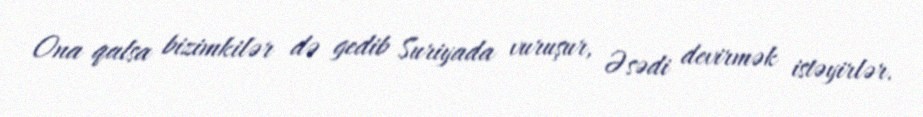
Ona qalsa bizimkilər də gedib Suriyada vuruşur, Əsədi devirmək istəyirlər.